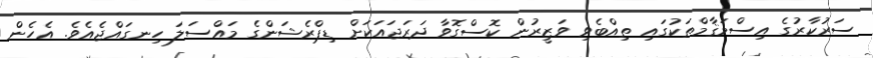
ސަރުކާރުގެ އިސްމަޤާމްތަކުގައި ތިއްބެވި ވަޒީރުން ކޮސްގޮވާ ދަރަޖައަކަށް ޑިޕްރެޝަންގެ މައްސަލަ ހިނގައްޖެއެވެ. އެހެން